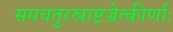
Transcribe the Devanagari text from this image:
समचतुरस्राष्टज्रेत्कीर्णाः